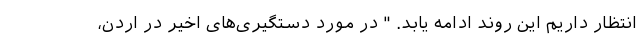
انتظار داریم این روند ادامه یابد. " در مورد دستگیری‌های اخیر در اردن،